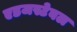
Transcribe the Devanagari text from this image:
एडजस्टेबल